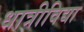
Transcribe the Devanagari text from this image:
धात्रीविद्या